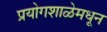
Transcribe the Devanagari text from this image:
प्रयोगशाळेमधून